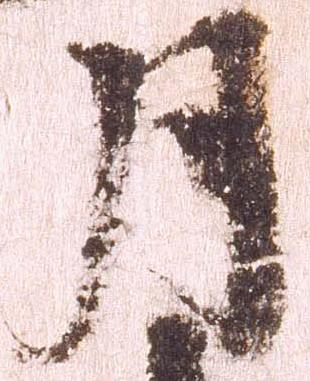
月